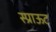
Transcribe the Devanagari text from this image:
स्प्राऊट